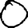
Digit: 0